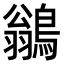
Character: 鶲